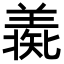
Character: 𦎶